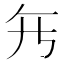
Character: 𱍺